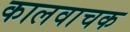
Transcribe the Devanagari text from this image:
कालवाचक